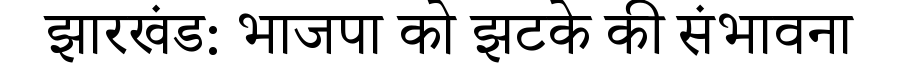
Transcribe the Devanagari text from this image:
झारखंड: भाजपा को झटके की संभावना